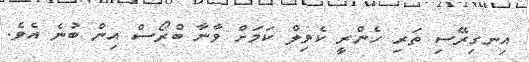
އިނގިރޭސި ތަރި ހެންރީ ކެވިލް ކަމަށް ވާނާ ބްރޯސް އިން ބުނެ އެވެ.